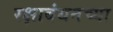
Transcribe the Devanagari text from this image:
रक्षाबंधनच्या